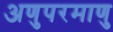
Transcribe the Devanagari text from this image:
अणुपरमाणु